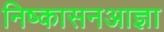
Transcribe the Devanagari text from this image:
निष्कासनआज्ञा